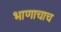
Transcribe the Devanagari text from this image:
भाणाचाच